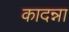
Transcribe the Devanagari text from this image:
कादन्ना